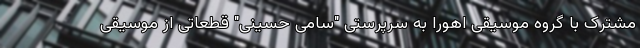
مشترک با گروه موسیقی اهورا به سرپرستی "سامی حسینی" قطعاتی از موسیقی